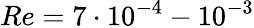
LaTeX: Re=7\cdot 10^{-4}-10^{-3}